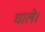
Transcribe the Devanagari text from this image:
घाले।